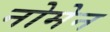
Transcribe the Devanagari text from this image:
नोमेन